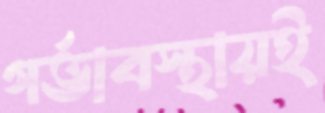
গর্ভাবস্থায়ই